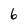
Character: 6